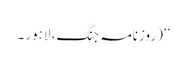
‘‘ (روزنامہ جنگ، لاہور ۔